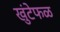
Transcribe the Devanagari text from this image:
खुंटेफळ